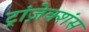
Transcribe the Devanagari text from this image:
ट्रांज़ेक्शंस